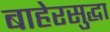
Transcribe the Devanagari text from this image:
बाहेरसुद्धा